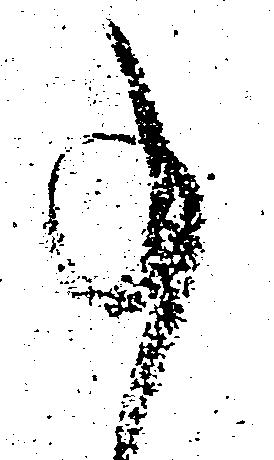
事